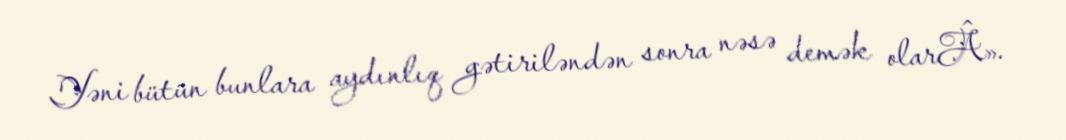
Yəni bütün bunlara aydınlıq gətiriləndən sonra nəsə demək olarÂ».